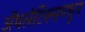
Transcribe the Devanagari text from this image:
ॲथलेटिक्समधून